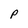
Character: p